Annual report on the Civil Veterinary Department, Burma (including the Insein Veterinary School) - 1910-1922
Year: 1910
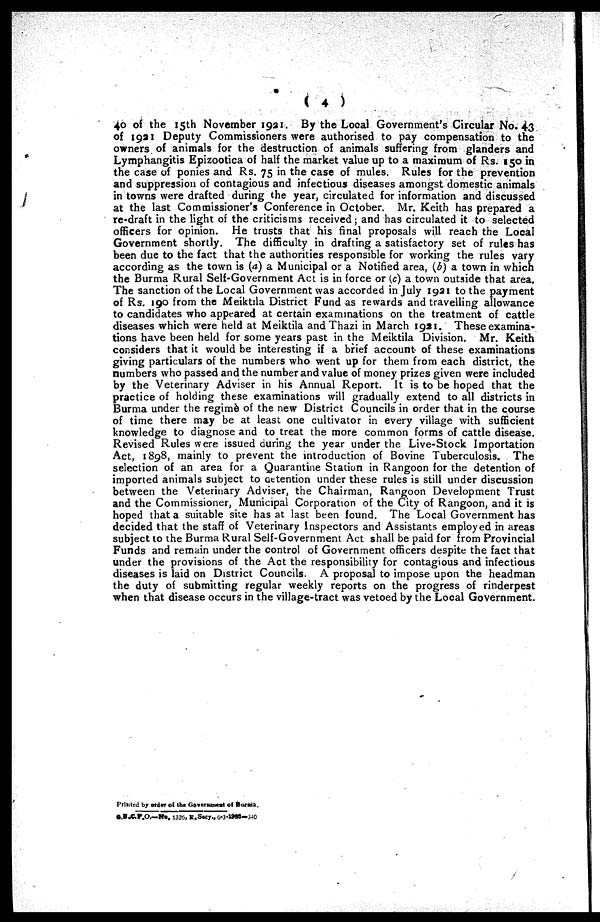
( 4 )
40 of the 15th November 1931. By the Local Government's Circular No. 43
of 1931 Deputy Commissioners were authorised to pay compensation to the
owners of animals for the destruction of animals suffering from glanders and
Lymphangitis Epizootica of half the market value up to a maximum of Rs. 150 in
the case of ponies and Rs. 75 in the case of mules. Rules for the prevention
and suppression of contagious and infectious diseases amongst domestic animals
in towns were drafted during the year, circulated for information and discussed
at the last Commissioner's Conference in October. Mr. Keith has prepared a
re-draft in the light of the criticisms received; and has circulated it to selected
officers for opinion. He trusts that his final proposals will reach the Local
Government shortly. The difficulty in drafting a satisfactory set of rules has
been due to the fact that the authorities responsible for working the rules vary
according as the town is (a) a Municipal or a Notified area, (b) a town in which
the Burma Rural Self-Government Act is in force or (c) a town outside that area.
The sanction of the Local Government was accorded in July 1921 to the payment
of Rs. 190 from the Meiktila District Fund as rewards and travelling allowance
to candidates who appeared at certain examinations on the treatment of cattle
diseases which were held at Meiktila and Thazi in March 1921. These examina-
tions have been held for some years past in the Meiktila Division. Mr. Keith
considers that it would be interesting if a brief account of these examinations
giving particulars of the numbers who went up for them from each district, the
numbers who passed and the number and value of money prizes given were included
by the Veterinary Adviser in his Annual Report. It is to be hoped that the
practice of holding these examinations will gradually extend to all districts in
Burma under the regime of the new District Councils in order that in the course
of time there may be at least one cultivator in every village with sufficient
knowledge to diagnose and to treat the more common forms of cattle disease.
Revised Rules were issued during the year under the Live-Stock Importation
Act, 1898, mainly to prevent the introduction of Bovine Tuberculosis. The
selection of an area for a Quarantine Station in Rangoon for the detention of
imported animals subject to attention under these rules is still under discussion
between the Veterinary Adviser, the Chairman, Rangoon Development Trust
and the Commissioner, Municipal Corporation of the City of Rangoon, and it is
hoped that a suitable site has at last been found. The Local Government has
decided that the staff of Veterinary Inspectors and Assistants employed in areas
subject to the Burma Rural Self-Government Act shall be paid for from Provincial
Funds and remain under the control of Government officers despite the fact that
under the provisions of the Act the responsibility for contagious and infectious
diseases is laid on District Councils. A proposal to impose upon the headman
the duty of submitting regular weekly reports on the progress of rinderpest
when that disease occurs in the village-tract was vetoed by the Local Government.
Printed by order of the Government of Burma.
G.B.C.P.O.-No. 1326, R.Secy., 6-3-1993—3-40